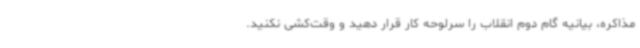
مذاکره، بیانیه گام دوم انقلاب را سرلوحه کار قرار دهید و وقت‌کشی نکنید.